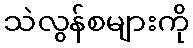
သဲလွန်စများကို